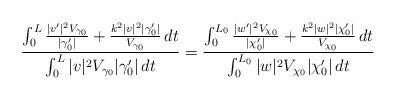
\begin{align*}\frac{\int_0^L \frac{|v'|^2 V_{\gamma_0}}{|\gamma_0'|} + \frac{k^2 |v|^2 | \gamma_0'|}{V_{\gamma_0}} \,dt}{\int_0^L |v|^2 V_{\gamma_0} |\gamma_0'| \,dt}= \frac{\int_0^{L_0} \frac{|w'|^2 V_{\chi_0}}{|\chi_0'|} + \frac{k^2 |w|^2 | \chi_0'|}{V_{\chi_0}} \,dt}{\int_0^{L_0} |w|^2 V_{\chi_0} |\chi_0'| \,dt}\end{align*}